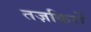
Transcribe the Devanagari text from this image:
तज़किरों